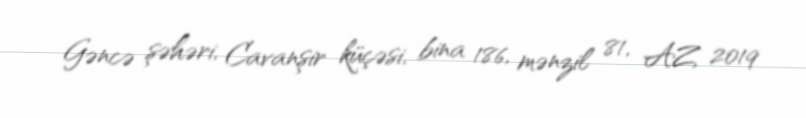
Gəncə şəhəri, Cavanşir küçəsi, bina 186, mənzil 81, AZ 2019